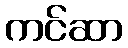
ကင်ဆာ